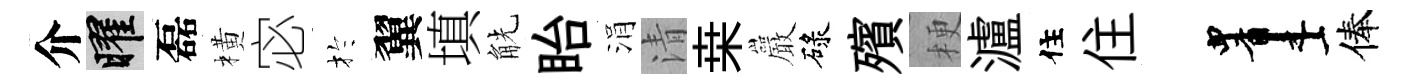
介曜磊橫宓扵翼填觥眙涓清桒巖碌殯梗瀘住住画俸